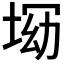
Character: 𡌝